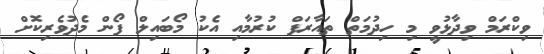
ވިކްރަމް ވިދާޅުވީ މި ހިދުމަތް ތައާރަފް ކުރުމާއި އެކު މޯބައިލް ފޯން މެދުވެރިކޮށް